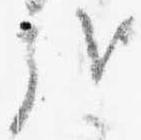
哉